Insane asylums in Bengal annual reports 1867-1875 - 1867-1875
Year: 1867
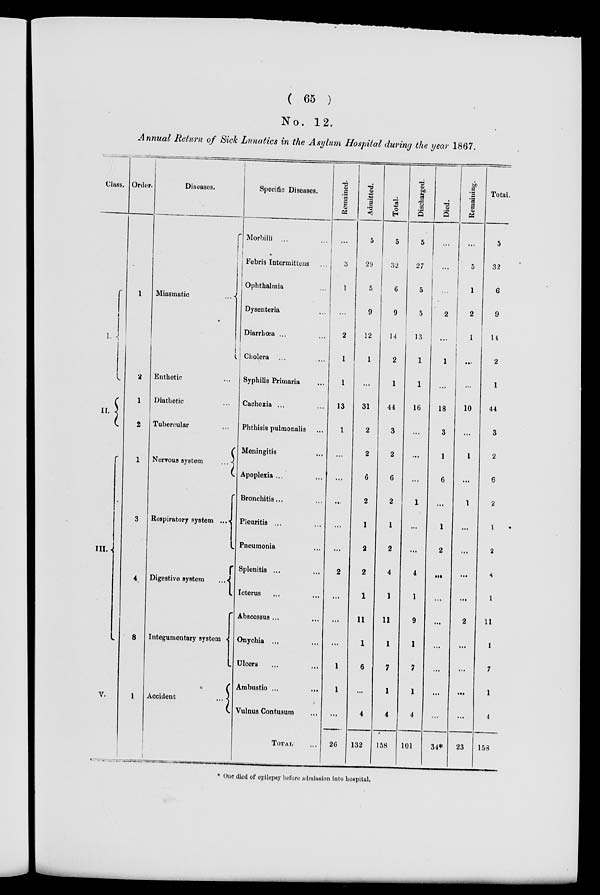
( 65 )
No. 12.
Annual Return of Sick Lunatics in the Asylum Hospital during the year 1867.
Class.
I.
II.
III.
V.
Order.
1
2
1
2
1
3
4
8
1
Diseases.
Miasmatic
...
Enthetic ...
Diathetic ...
Tubercular ...
Nervous system
...
Respiratory system ...
Digestive system
...
Integumentary system
Accident
...
Specific Diseases.
Morbilli ... ...
Febris Intermittens ...
Ophthalmia ...
Dysenteria ...
Diarrhœa ... ...
Cholera ... ...
Syphilis Primaria ...
Cachexia ... ...
Phthisis pulmonalis ...
Meningitis ...
Apoplexia ... ...
Bronchitis ... ...
Pleuritis ... ...
Pneumonia ...
Splenitis ... ...
Icterus ... ...
Abscessus ... ...
Onychia ... ...
Ulcers ... ...
Ambustio ... ...
Vulnus Contusum ...
TOTAL ...
Remained.
...
3
1
...
2
1
1
13
1
...
...
...
...
...
2
...
...
...
1
1
...
26
Admitted.
5
29
5
9
12
1
...
31
2
2
6
2
1
2
2
1
11
1
6
...
4
132
Total.
5
32
6
9
14
2
1
44
3
2
6
2
1
2
4
1
11
1
7
1
4
158
Discharged.
5
27
5
5
13
1
1
16
...
...
...
1
...
...
4
1
9
1
7
1
4
101
Died.
...
...
...
2
...
1
...
18
3
1
6
...
1
2
...
...
...
...
...
...
...
34*
Remaining.
...
5
1
2
1
...
...
10
...
1
...
1
...
...
...
...
2
...
...
...
...
23
Total.
5
32
6
9
14
2
1
44
3
2
6
2
1
2
4
1
11
1
7
1
4
158
* One died of epilepsy before admission into hospital.